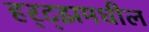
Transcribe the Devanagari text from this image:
हर्‍ट्झमधील